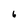
Character: 6